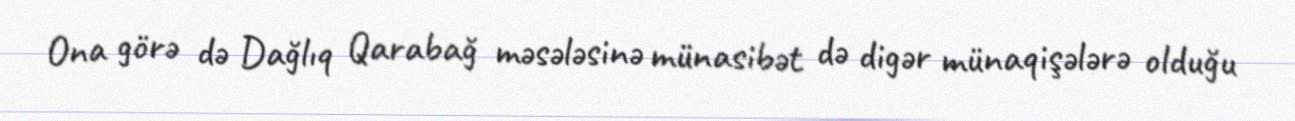
Ona görə də Dağlıq Qarabağ məsələsinə münasibət də digər münaqişələrə olduğu